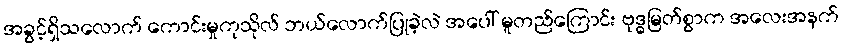
အခွင့်ရှိသလောက် ကောင်းမှုကုသိုလ် ဘယ်လောက်ပြုခဲ့လဲ အပေါ် မူတည်ကြောင်း ဗုဒ္ဓမြတ်စွာက အလေးအနက်